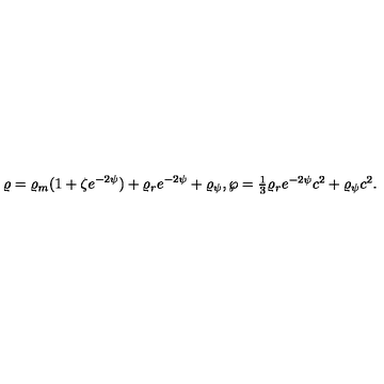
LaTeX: \varrho = \varrho _ { m } ( 1 + \zeta e ^ { - 2 \psi } ) + \varrho _ { r } e ^ { - 2 \psi } + \varrho _ { \psi } , \wp = \textstyle { \frac { 1 } { 3 } } \varrho _ { r } e ^ { - 2 \psi } c ^ { 2 } + \varrho _ { \psi } c ^ { 2 } .